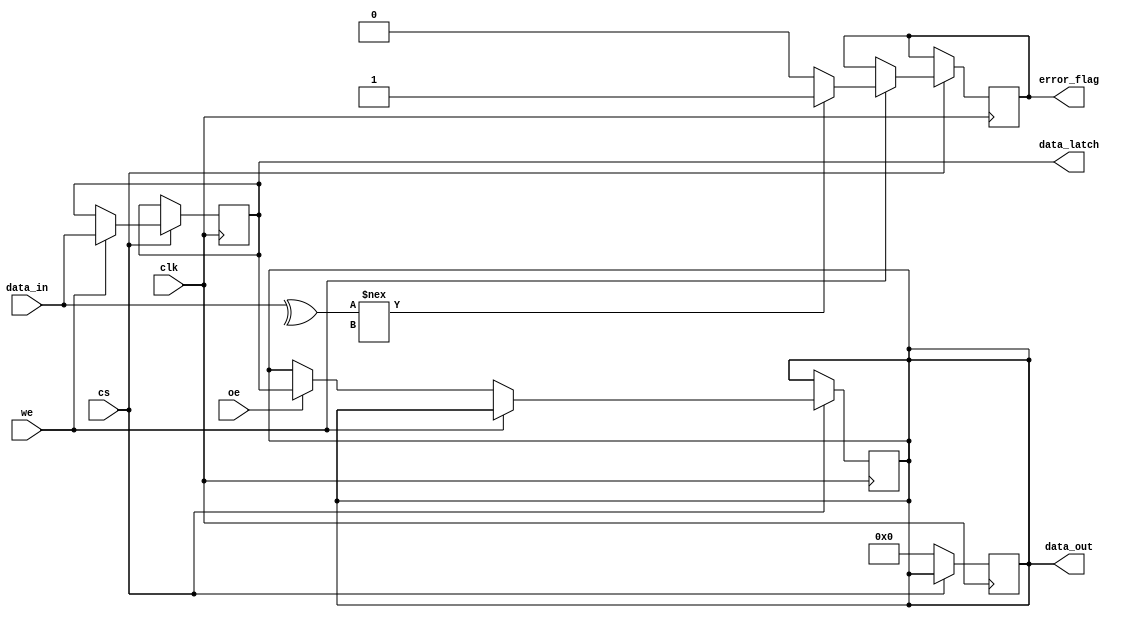
module pcm_io_block #(
    parameter DATA_WIDTH = 8  // Configurable data width
)(
    input wire clk,            // Clock signal
    input wire cs,             // Chip Select
    input wire we,             // Write Enable
    input wire oe,             // Output Enable
    input wire [DATA_WIDTH-1:0] data_in, // Data input lines
    output reg [DATA_WIDTH-1:0] data_out, // Data output lines
    output reg error_flag,     // Error detection flag
    output reg [DATA_WIDTH-1:0] data_latch // Internal data latch
);

    // Internal signals for error detection
    reg [DATA_WIDTH-1:0] expected_data; // For error checking
    reg [DATA_WIDTH-1:0] read_data;      // For storing read data

    // Error checking mechanism (simple parity check for demonstration)
    wire parity_check;
    assign parity_check = ^data_in; // Compute parity of input data

    always @(posedge clk) begin
        if (cs) begin
            if (we) begin
                // Write operation
                data_latch <= data_in; // Latch incoming data
                // Error detection (example: simple parity check)
                if (parity_check !== expected_data[0]) begin
                    error_flag <= 1'b1; // Set error flag on parity mismatch
                end else begin
                    error_flag <= 1'b0; // Clear error flag
                end
            end else if (oe) begin
                // Read operation
                data_out <= data_latch; // Output data
                read_data <= data_out;   // Store read data for potential error checking
            end
        end
    end

    // Power management (simplified)
    always @(posedge clk) begin
        if (!cs) begin
            // Power gating logic (example: turn off data output when not selected)
            data_out <= {DATA_WIDTH{1'b0}};
        end
    end

    // Thermal management (not implemented in this snippet)
    // Placeholder for temperature sensor integration

endmodule